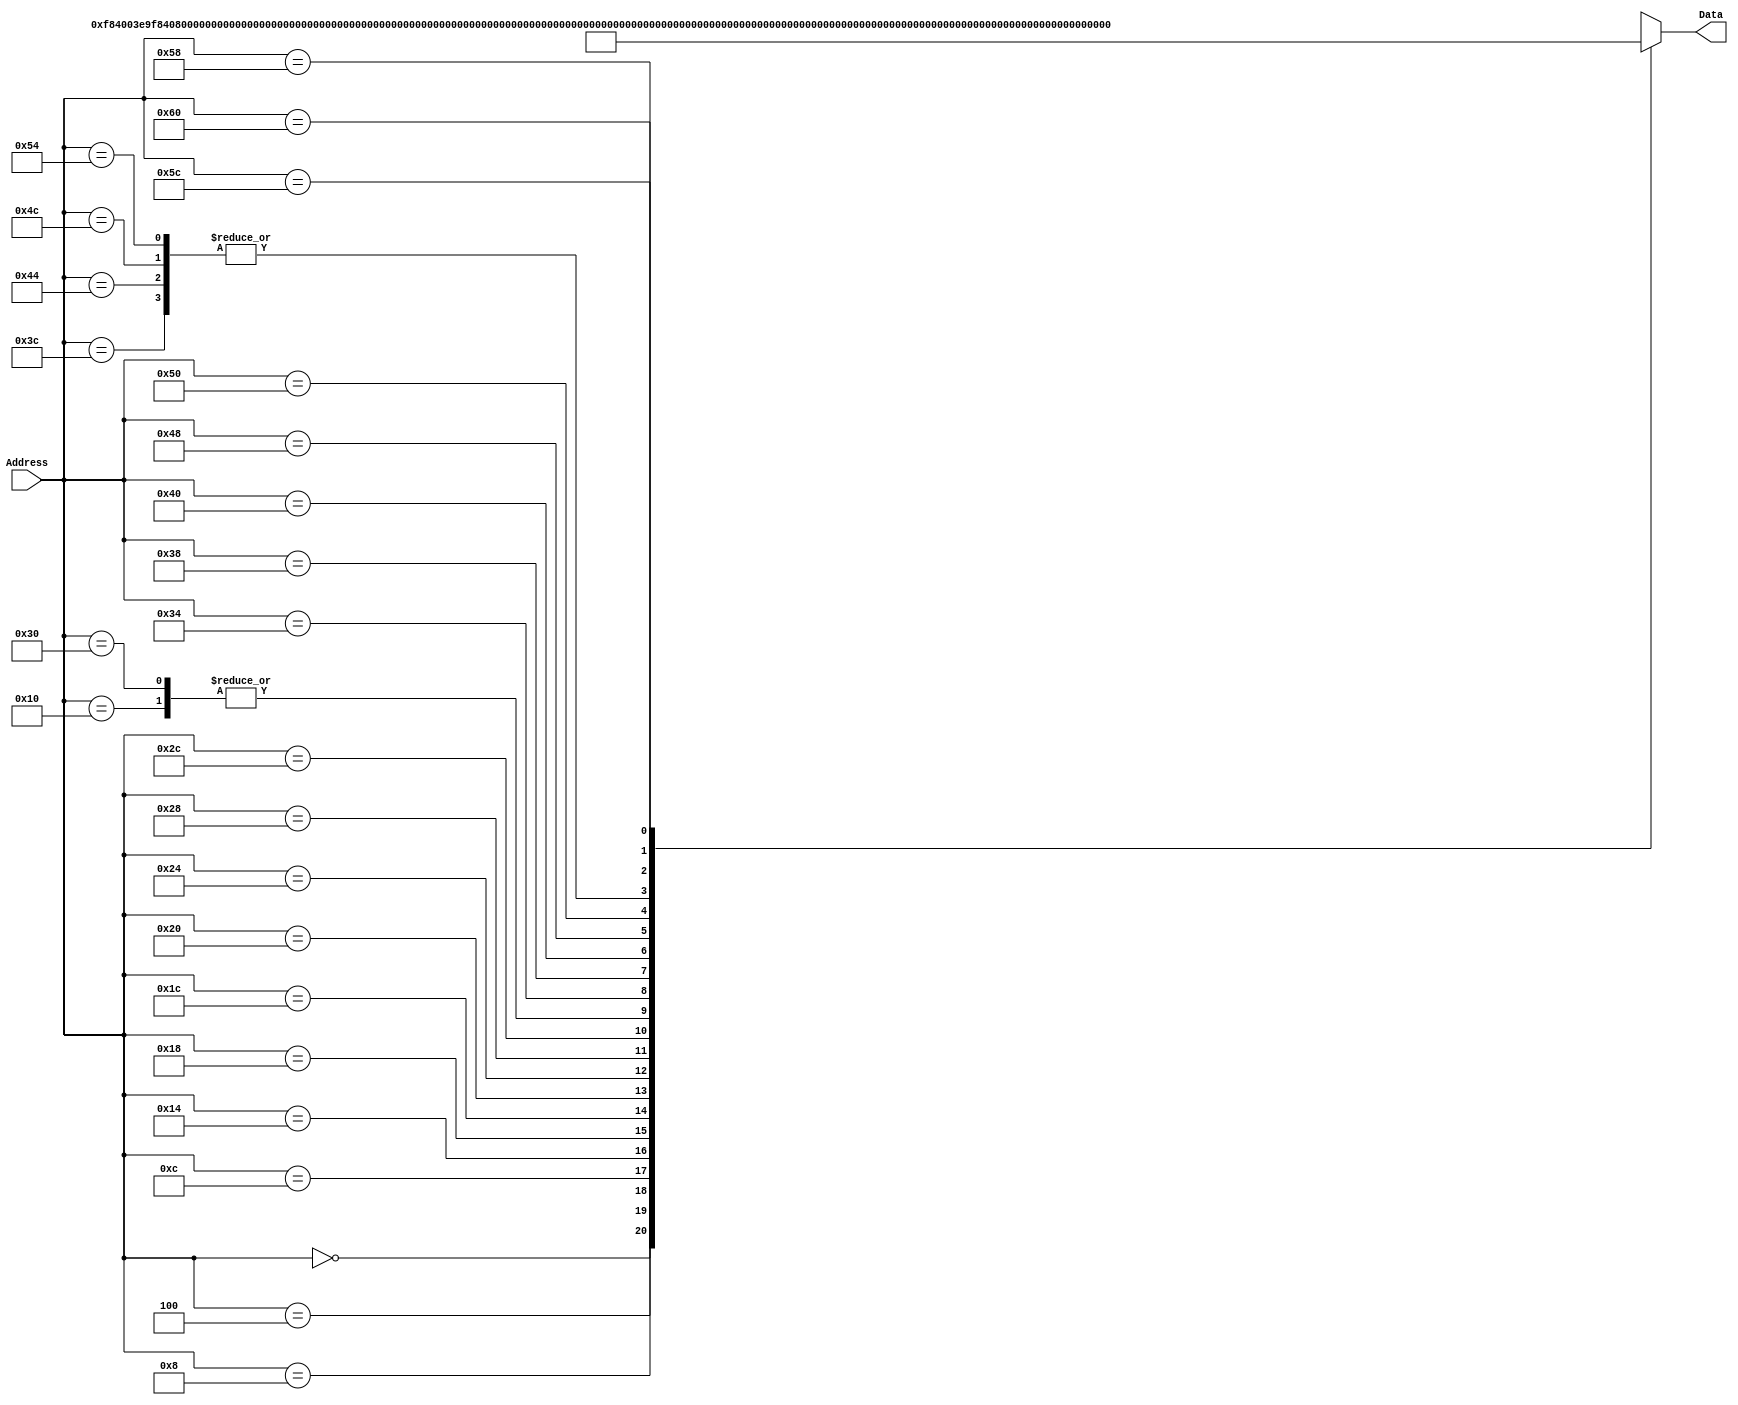
`timescale 1ns / 1ps
/*
 * Module: InstructionMemory
 *
 * Implements read-only instruction memory
 * 
 */
module InstructionMemory(Data, Address);
   parameter T_rd = 20;
   parameter MemSize = 40;
   
   output [31:0] Data;
   input [63:0]  Address;
   reg [31:0] 	 Data;
   
   /*
    * ECEN 350 Processor Test Functions
    * Texas A&M University
    */
   
   always @ (Address) begin

      case(Address)

	/* Test Program 1:
	 * Program loads constants from the data memory. Uses these constants to test
	 * the following instructions: LDUR, ORR, AND, CBZ, ADD, SUB, STUR and B.
	 * 
	 * Assembly code for test:
	 * 
	 * 0: LDUR X9, [XZR, 0x0]    //Load 1 into x9
	 * 4: LDUR X10, [XZR, 0x8]   //Load a into x10
	 * 8: LDUR X11, [XZR, 0x10]  //Load 5 into x11
	 * C: LDUR X12, [XZR, 0x18]  //Load big constant into x12
	 * 10: LDUR X13, [XZR, 0x20]  //load a 0 into X13
	 * 
	 * 14: ORR X10, X10, X11  //Create mask of 0xf
	 * 18: AND X12, X12, X10  //Mask off low order bits of big constant
	 * 
	 * loop:
	 * 1C: CBZ X12, end  //while X12 is not 0
	 * 20: ADD X13, X13, X9  //Increment counter in X13
	 * 24: SUB X12, X12, X9  //Decrement remainder of big constant in X12
	 * 28: B loop  //Repeat till X12 is 0
	 * 2C: STUR X13, [XZR, 0x20]  //store back the counter value into the memory location 0x20
	 */
	

	63'h000: Data = 32'hF84003E9;
	63'h004: Data = 32'hF84083EA;
	63'h008: Data = 32'hF84103EB;
	63'h00c: Data = 32'hF84183EC;
	63'h010: Data = 32'hF84203ED;
	63'h014: Data = 32'hAA0B014A;
	63'h018: Data = 32'h8A0A018C;
	63'h01c: Data = 32'hB400008C;
	63'h020: Data = 32'h8B0901AD;
	63'h024: Data = 32'hCB09018C;
	63'h028: Data = 32'h17FFFFFD;
	63'h02c: Data = 32'hF80203ED;
	63'h030: Data = 32'hF84203ED;  //One last load to place stored value on memdbus for test checking.

	// Add code for your tests here 
	/*SUB X9,X9,X9 // 11001011000 01001 000000 01001 01001 -----> */				63'h034: Data =32'hCB090129;
	/*MOVZ X10, 0xdef0, LSL 0 // 11010010100 1101111011110000 01010 ------->*/		63'h038: Data =32'hD29BDE0A;
	/*ADD X9, X9,X10 // 10001011000 01010 000000 01001 01001 --------> 	*/			63'h03c: Data =32'h8B0A0129;
	/*MOVZ X10, 0x9abc, LSL 1 // 11010010101 1001101010111100 01010 -------> */		63'h040: Data =32'hD2B3578A;
	/*ADD X9, X9,X10 // 10001011000 01010 000000 01001 01001 ---------> 	*/		63'h044: Data =32'h8B0A0129;
	/*MOVZ X10, 0x5678, LSL 2 // 11010010110 0101011001111000 01010 --------> */		63'h048: Data =	32'hD2CACF0A;
	/*ADD X9, X9,X10 	//  10001011000 01010 000000 01001 01001 -------------> */	63'h04c: Data =32'h8B0A0129;
	/*MOVZ X10, 0x1234, LSL 3 // 11010010111 0001001000110100 01010 -------->*/		63'h050: Data =32'hD2E2468A;
	/*ADD X9, X9,X10 // 10001011000 01010 000000 01001 01001 --------------> */		63'h054: Data =32'h8B0A0129;
	/*SUB X10,X10,X10 // 11001011000 01010 000000 01010 01010 ---------->  */ 		63'h058: Data = 32'hCB0A014A;
	/*STUR X9, [X10,0x28] // 11111000000 00010100000 01010 01001 ------> */    		63'h05c: Data =32'hF8028149;
	/*LDUR X10, [X10,0x28] // 11111000010 00010100000 01010 01010 -----> */    		63'h060: Data = 32'hF842814A;
	
	


	default: Data = 32'hXXXXXXXX;
      endcase
   end
endmodule